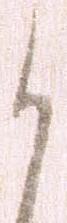
か